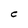
Character: C